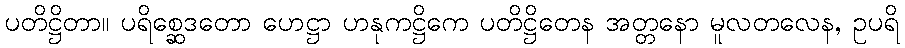
ပတိဋ္ဌိတာ။ ပရိစ္ဆေဒတော ဟေဋ္ဌာ ဟနုကဋ္ဌိကေ ပတိဋ္ဌိတေန အတ္တနော မူလတလေန, ဥပရိ